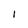
Character: I